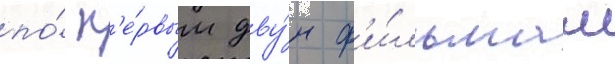
по́ п'е́рвым дву́м ф'и́льмам